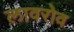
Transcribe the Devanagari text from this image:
लावरोव